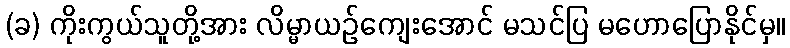
(ခ) ကိုးကွယ်သူတို့အား လိမ္မာယဉ်ကျေးအောင် မသင်ပြ မဟောပြောနိုင်မှ။